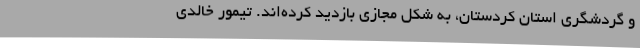
و گردشگری استان کردستان، به شکل مجازی بازدید کرده‌اند. تیمور خالدی